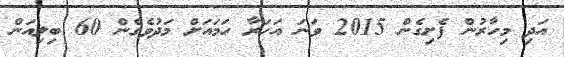
އަދި މިހާރުން ފެށިގެން 2015 ވަނަ އަހަރާ ހަމައަށް މަދުވެގެން 60 ބިލިއަން